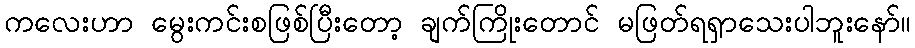
ကလေးဟာ မွေးကင်းစဖြစ်ပြီးတော့ ချက်ကြိုးတောင် မဖြတ်ရရှာသေးပါဘူးနော်။